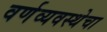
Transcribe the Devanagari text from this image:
वर्णव्यवस्थेचा